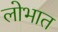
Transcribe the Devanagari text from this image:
लोभात